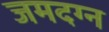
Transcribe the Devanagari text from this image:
जमदग्न